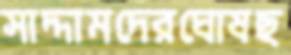
সাদ্দামদেরঘোষছ